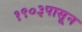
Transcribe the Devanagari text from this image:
१९०३पासून